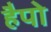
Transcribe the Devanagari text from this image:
हैपो